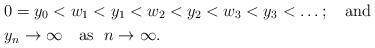
LaTeX: \begin{align*}&0 = y_0 < w_1 < y_1 < w_2 < y_2 < w_3 < y_3 < \dots;\ \ \ {\rm and}\\&y_n \to \infty\ \ \ {\rm as}\ \ n \to \infty.\end{align*}